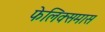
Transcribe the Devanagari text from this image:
फेलिक्समास